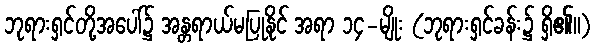
ဘုရားရှင်တို့အပေါ်၌ အန္တရာယ်မပြုနိုင် အရာ ၁၄-မျိုး (ဘုရားရှင်ခန်း၌ ရှိ၏။)